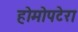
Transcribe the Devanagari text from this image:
होमोपटेरा